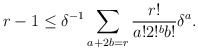
\begin{align*} r-1 \leq \delta^{-1} \sum_{a + 2b = r} \frac{r!}{a! 2!^b b!} \delta^a. \end{align*}